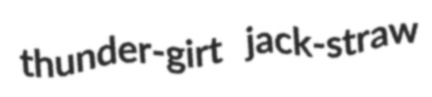
thunder-girt jack-straw